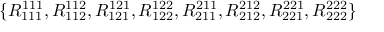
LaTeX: \{ R _ { 1 1 1 } ^ { 1 1 1 } , R _ { 1 1 2 } ^ { 1 1 2 } , R _ { 1 2 1 } ^ { 1 2 1 } , R _ { 1 2 2 } ^ { 1 2 2 } , R _ { 2 1 1 } ^ { 2 1 1 } , R _ { 2 1 2 } ^ { 2 1 2 } , R _ { 2 2 1 } ^ { 2 2 1 } , R _ { 2 2 2 } ^ { 2 2 2 } \}